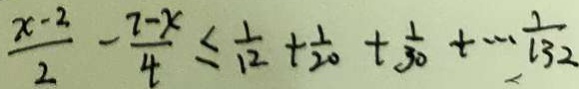
\frac { x - 2 } { 2 } - \frac { 7 - x } { 4 } \leq \frac { 1 } { 1 2 } + \frac { 1 } { 2 0 } + \frac { 1 } { 3 0 } + \cdots \frac { 1 } { 1 3 2 }